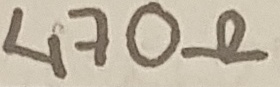
Text: 470Ω